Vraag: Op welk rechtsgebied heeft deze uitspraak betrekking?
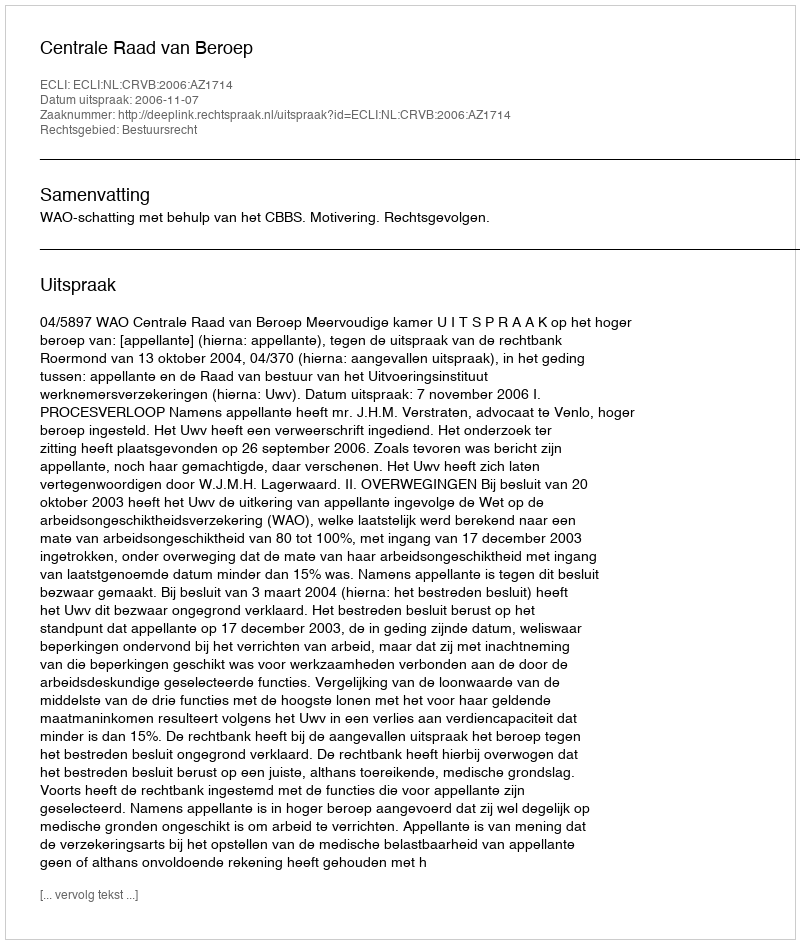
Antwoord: Bestuursrecht